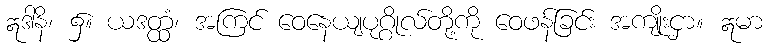
ဣဒါနိ၊ ၌။ ယဒတ္ထံ၊ အကြင် ဝေနေယျပုဂ္ဂိုလ်တို့ကို ဝေဖန်ခြင်း အကျိုးငှာ။ ဣမာ